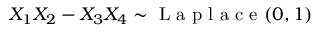
X _ { 1 } X _ { 2 } - X _ { 3 } X _ { 4 } \sim { \textrm { L a p l a c e } } ( 0 , 1 )